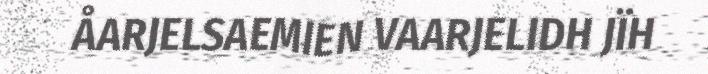
ÅARJELSAEMIEN VAARJELIDH JÏH